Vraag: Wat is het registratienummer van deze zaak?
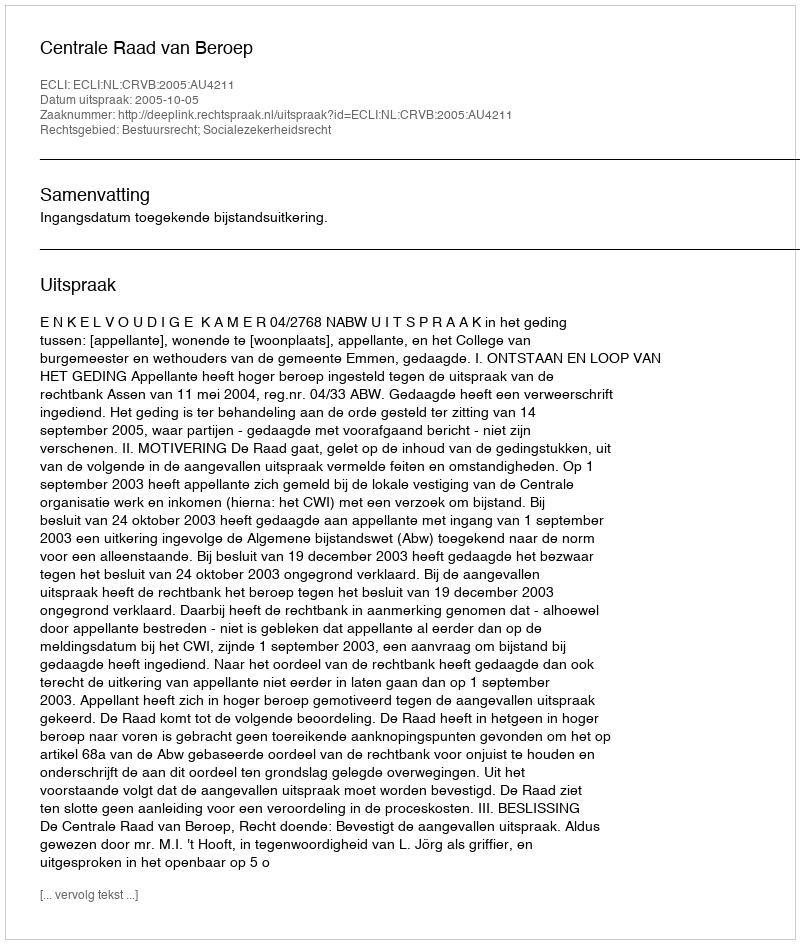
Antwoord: http://deeplink.rechtspraak.nl/uitspraak?id=ECLI:NL:CRVB:2005:AU4211